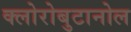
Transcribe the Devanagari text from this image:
क्लोरोबुटानोल